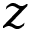
z